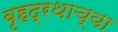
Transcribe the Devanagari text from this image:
बृहद्रथाच्या